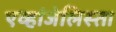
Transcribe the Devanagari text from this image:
एव्हांजेलिस्ता